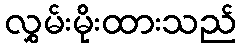
လွှမ်းမိုးထားသည်